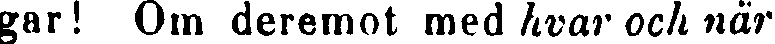
gar! Om deremot med hvar och när